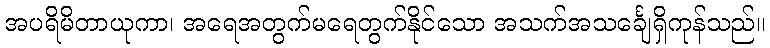
အပရိမိတာယုကာ၊ အရေအတွက်မရေတွက်နိုင်သော အသက်အသင်္ချေရှိကုန်သည်။